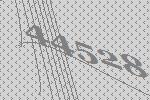
44528